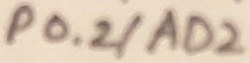
Text: P0.2/AD2